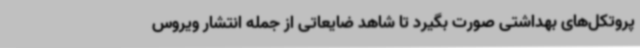
پروتکل‌های بهداشتی صورت بگیرد تا شاهد ضایعاتی از جمله انتشار ویروس